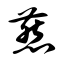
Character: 燕